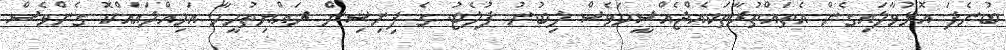
ބުނެފަ އޮޅުވާލައިގެން އެތައްތުރާތަކެއްޖެއްސީމަވެސް ލިބުނު ފުލެޓު ގެ ފިނިޝިން ރައްޔިތުމީހާ އަމިއްލައައްކޮ ގެންވެސް